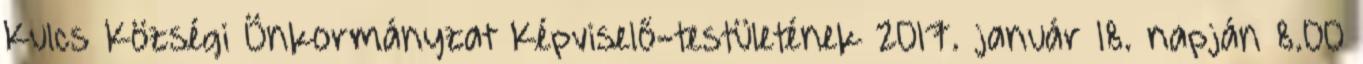
Kulcs Községi Önkormányzat Képviselő-testületének 2017. január 18. napján 8.00